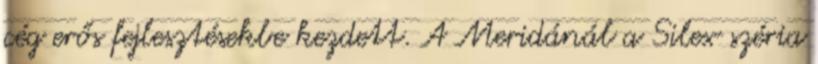
cég erős fejlesztésekbe kezdett. A Meridánál a Silex széria